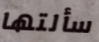
سألتها